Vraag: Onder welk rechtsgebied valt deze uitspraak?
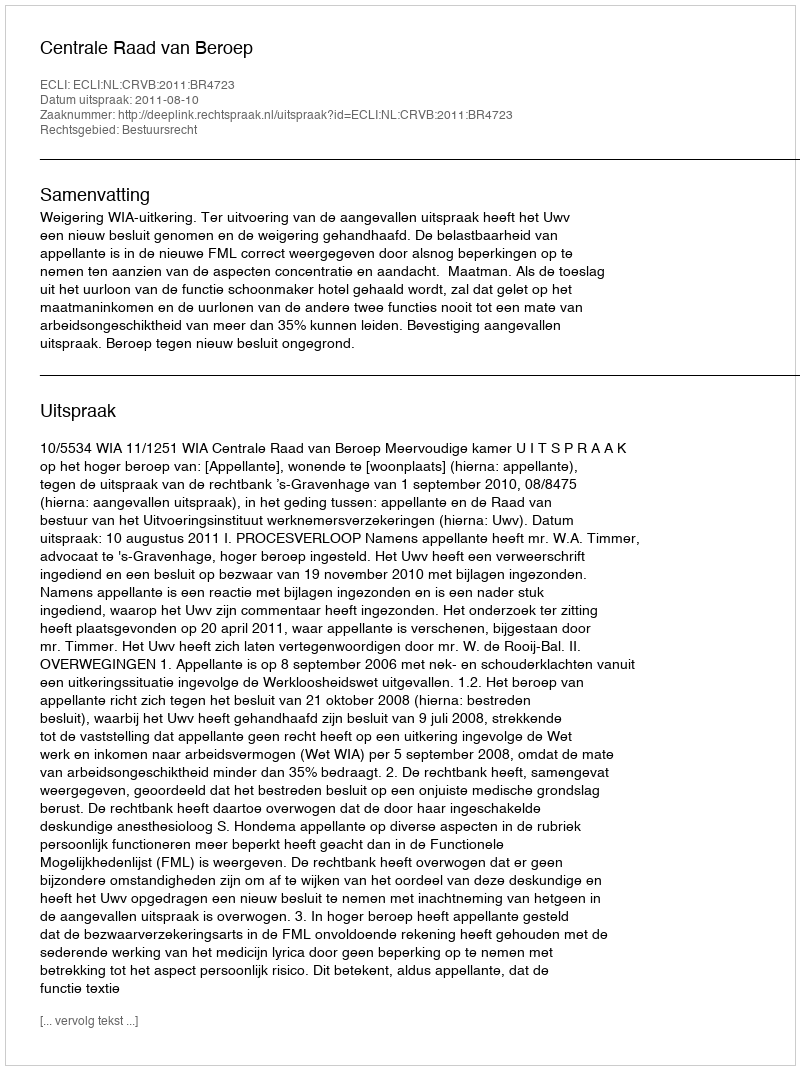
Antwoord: Bestuursrecht